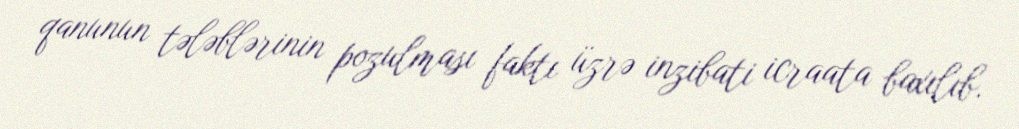
qanunun tələblərinin pozulması faktı üzrə inzibati icraata baxılıb.